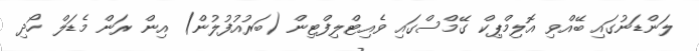
ލަންޑަނުގައި ބޭއްވި އޮލިމްޕިކް ގޭމްސްގައި ވެއިޓްލިފްޓިން (ބަރުއުފުލުން) އިން ރަން މެޑަލް ހޯދި